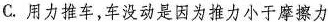
C.用力推车，车没动是因为推力小于摩擦力